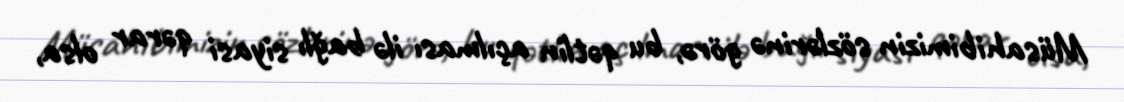
Müsahibimizin sözlərinə görə, bu qətlin açılması ilə bağlı siyasi qərar olsa,